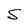
Character: S